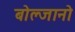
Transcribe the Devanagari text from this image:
बोल्जानो